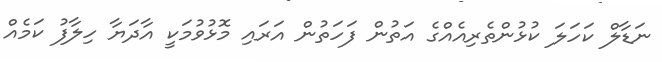
ނަޑާލް ކަހަލަ ކުޅުންތެރިއެއްގެ އަތުން ފަހަތުން އަރައި މޮޅުވުމަކީ އާދަޔާ ހިލާފު ކަމެއް